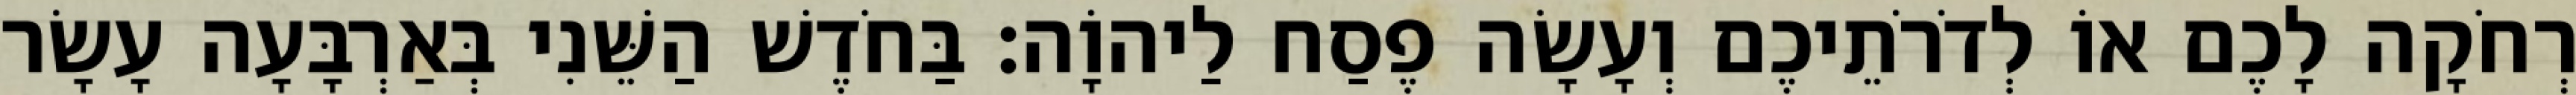
רְחֹקָה לָכֶם אוֹ לְדֹרֹתֵיכֶם וְעָשָׂה פֶסַח לַיהוָֹה׃ בַּחֹדֶשׁ הַשֵּׁנִי בְּאַרְבָּעָה עָשָׂר